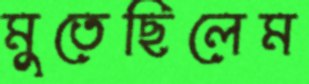
মুতেছিলেম